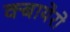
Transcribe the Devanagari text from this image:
क्बायेरो